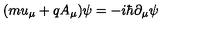
( m u _ { \mu } + q A _ { \mu } ) \psi = - i \hbar \partial _ { \mu } \psi